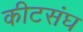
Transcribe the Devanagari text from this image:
कीटसंघ